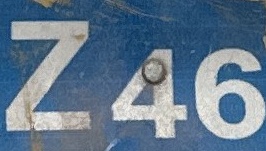
Z46